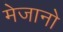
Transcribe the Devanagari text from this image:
मेजानो